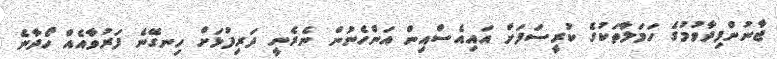
ޖާނުންފިދާވުމުގެ ހަމަލާތަކުގެ ކުރީސަފަށް އައިއެސްއިން އަންހެނުން ނެރެނީ ދަރިފުޅަށް ހިނގޭނެ ފަރުވާއެއް ހޯދާނެ